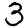
Digit: 3